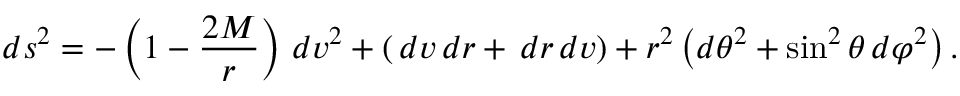
d s ^ { 2 } = - \left( 1 - { \frac { 2 M } { r } } \right) \, d v ^ { 2 } + ( \, d v \, d r + \, d r \, d v ) + r ^ { 2 } \left( d \theta ^ { 2 } + \sin ^ { 2 } \theta \, d \varphi ^ { 2 } \right) .